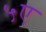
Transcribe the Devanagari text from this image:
५ए